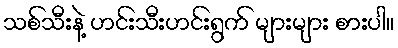
သစ်သီးနဲ့ ဟင်းသီးဟင်းရွက် များများ စားပါ။